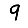
Digit: 9